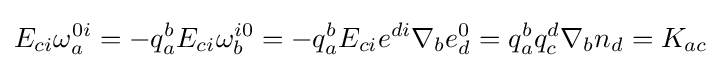
E_{ci}\omega _{a}^{0i}=-q_{a}^{b}E_{ci}\omega _{b}^{i0}=-q_{a}^{b}E_{ci}e^{di}\nabla _{b}e_{d}^{0}=q_{a}^{b}q_{c}^{d}\nabla _{b}n_{d}=K_{ac}